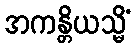
အကန္တိယသ္မိံ